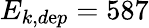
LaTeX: E_{k,d\mathrm{e}p}=587